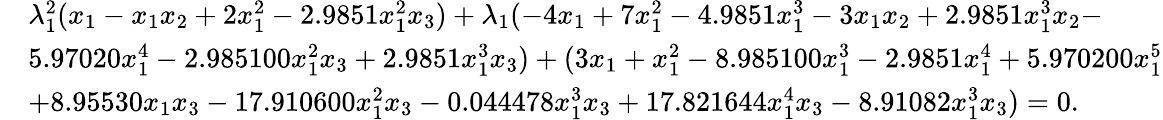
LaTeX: \begin{array}{rl}&{{\lambda}_{1}^{2}({x}_{1}-{x}_{1}{x}_{2}+2{x}_{1}^{2}-2.9851{x}_{1}^{2}{x}_{3})+{\lambda}_{1}(-4{x}_{1}+7{x}_{1}^{2}-4.9851{x}_{1}^{3}-3{x}_{1}{x}_{2}+2.9851{x}_{1}^{3}{x}_{2}-}\\ &{5.97020{x}_{1}^{4}-2.985100{x}_{1}^{2}{x}_{3}+2.9851{x}_{1}^{3}{x}_{3})+(3{x}_{1}+{x}_{1}^{2}-8.985100{x}_{1}^{3}-2.9851{x}_{1}^{4}+5.970200{x}_{1}^{5}}\\ &{+8.95530{x}_{1}{x}_{3}-17.910600{x}_{1}^{2}{x}_{3}-0.044478{x}_{1}^{3}{x}_{3}+17.821644{x}_{1}^{4}{x}_{3}-8.91082{x}_{1}^{3}{x}_{3})=0.}\end{array}